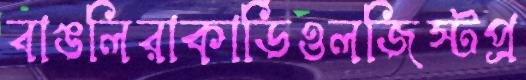
বাঙলিরাকার্ডিওলজিস্টপ্র